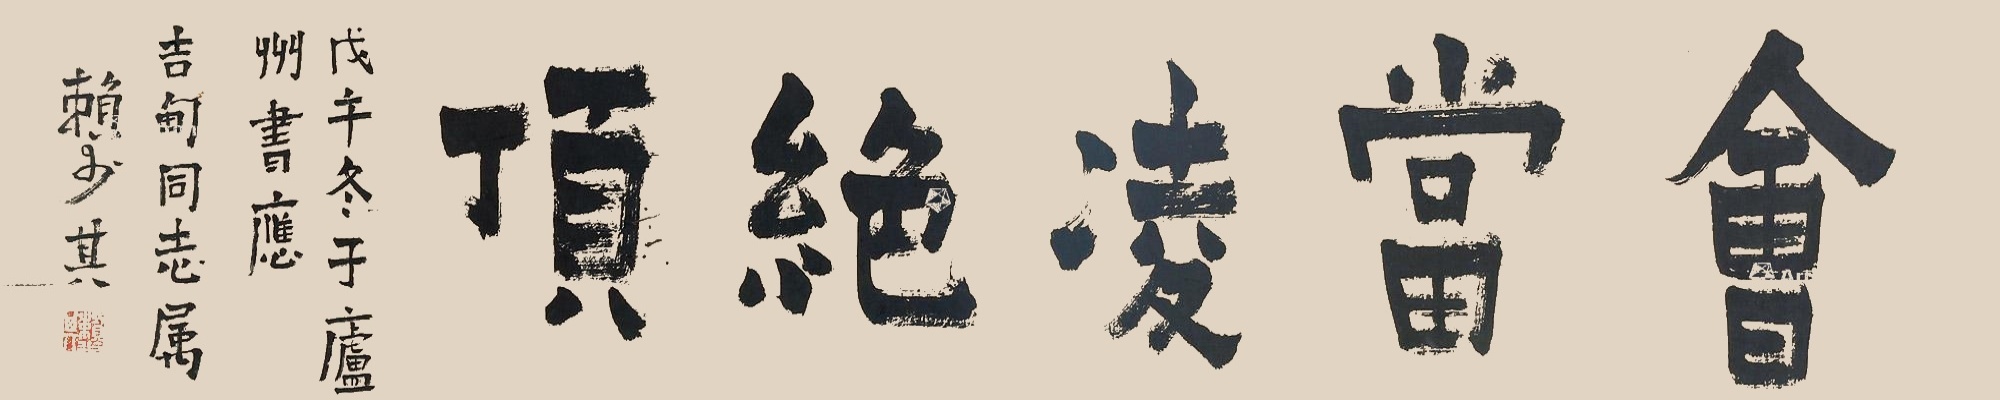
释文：会当凌绝顶，戊午冬于庐州书应吉甸同志属，赖少其。